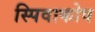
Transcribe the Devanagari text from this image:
स्पिवाकोव